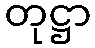
တုဋ္ဌာ